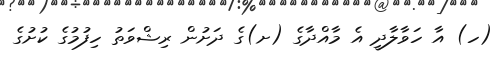
(ހ) އާ ހަވާލާދީ އެ މާއްދާގެ (ށ)ގެ ދަށުން ރިޝްވަތު ހިފުމުގެ ކުށުގެ